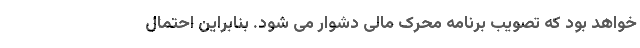
خواهد بود که تصویب برنامه محرک مالی دشوار می شود. بنابراین احتمال